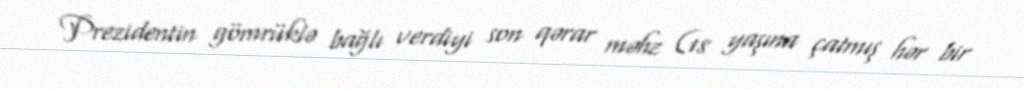
Prezidentin gömrüklə bağlı verdiyi son qərar məhz (18 yaşına çatmış hər bir